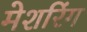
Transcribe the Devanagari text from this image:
मेशरिंग